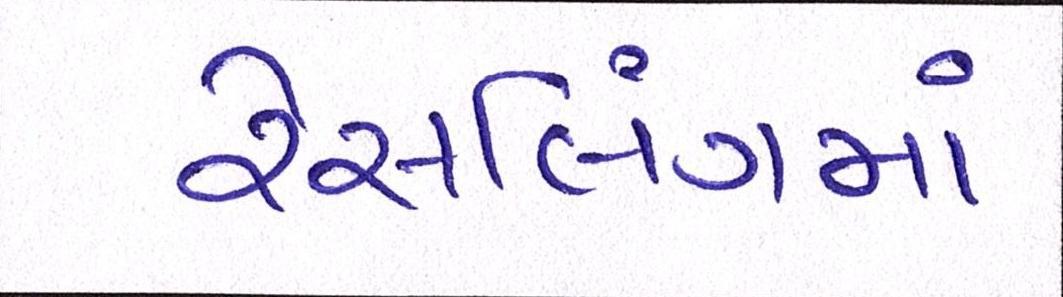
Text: રેસલિંગમાં